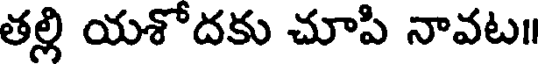
తల్లి యశోదకు చూపి నావట॥